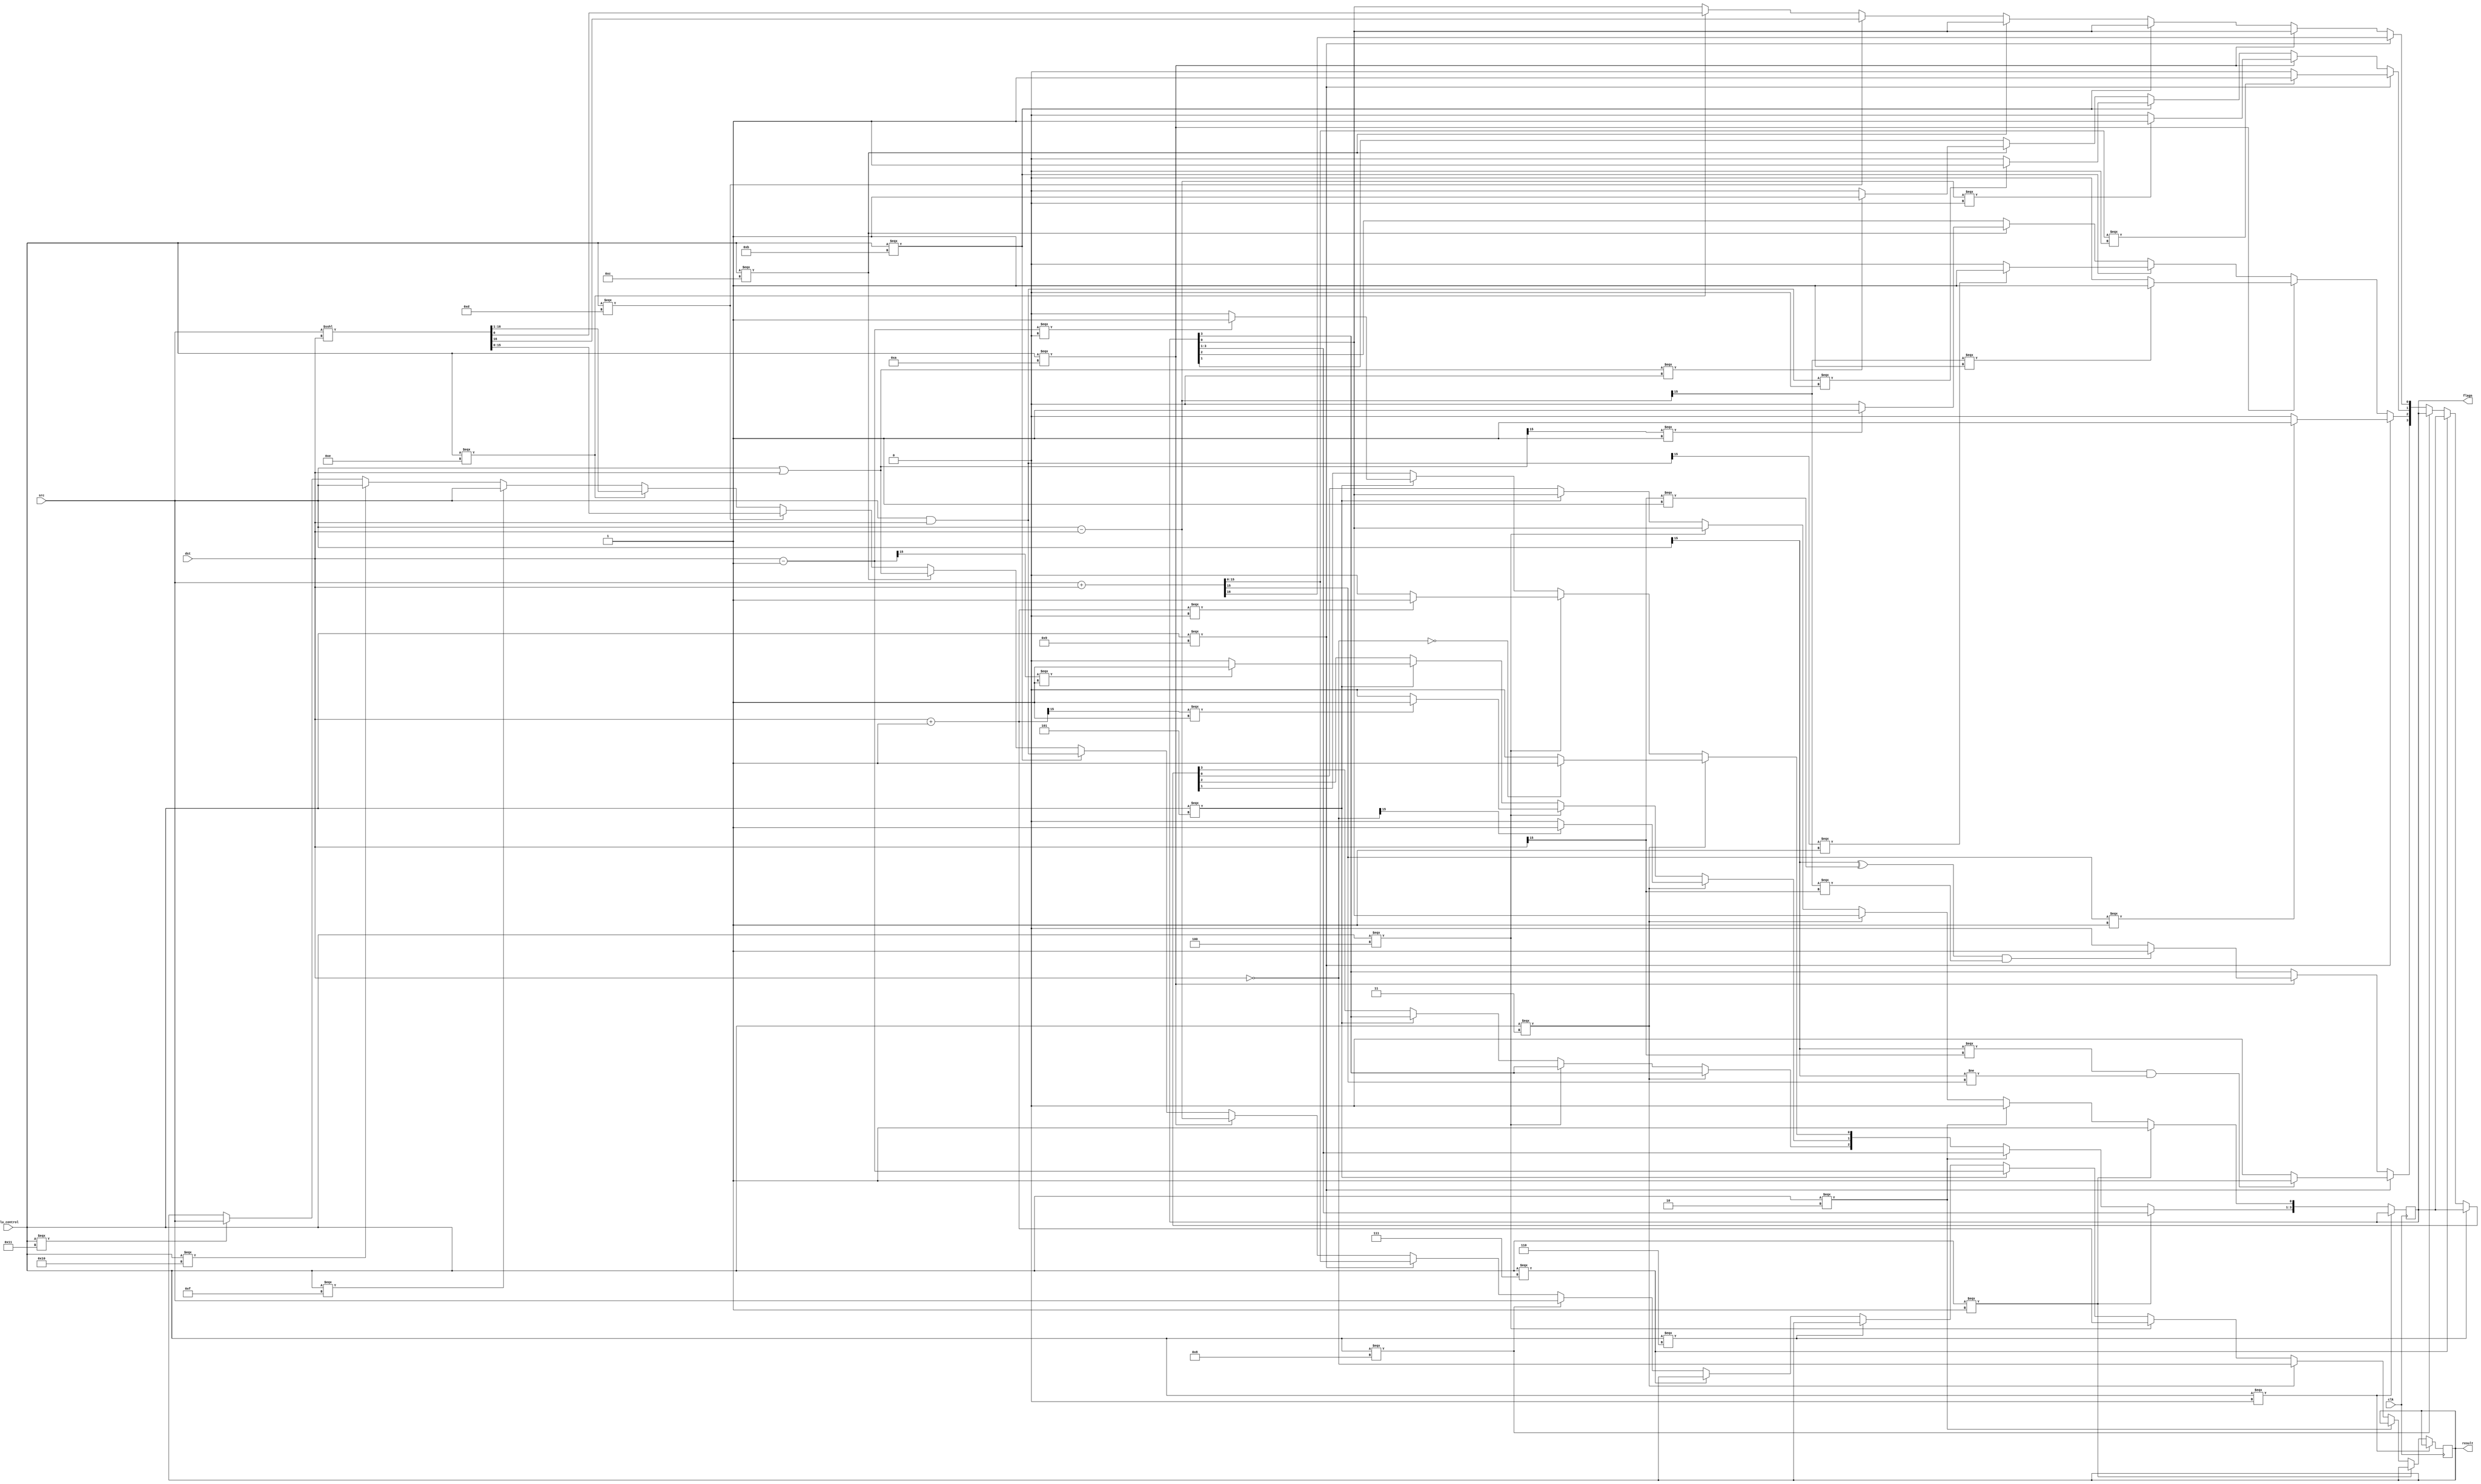
// flags -> 0: carry, 1: zero, 2: negative, 3: overflow
module ALU(input clk, input[4:0] alu_control, input[15:0] src, input[15:0] dst, output reg[15:0] result, output reg[3:0] flags);

	
 always @ (posedge clk)
  begin
 	if(alu_control === 0)	// NOP
	begin
		// nothing
	end

	else if(alu_control === 1)		// SETC
	begin
		flags[0] = 1;
	end

	else if(alu_control === 2)		// CLRC
	begin
		flags[0] = 0;
	end

	else if(alu_control === 3)	// NOT
	begin
		result = ~dst;
		flags[1] = result == 0 ? 1 : 0;
		flags[2] = result[15] == 1 ? 1 : 0;
	end

	else if(alu_control === 4)	// INC
	begin
		result = dst + 1;
		flags[1] =  result === 0 ? 1 : 0;
		flags[2] = result[15] === 1 ? 1 : 0;
	end

	else if(alu_control === 5)			// DEC
	begin
		result = dst - 1;
		flags[1] =  result === 0 ? 1 : 0;
		flags[2] = result[15] === 1 ? 1 : 0;
	end

	else if(alu_control === 6)			// OUT
	begin
		// nothing
	end

	else if(alu_control === 7)			// IN
	begin
		// nothing
	end

	else if(alu_control === 8)			// MOV
	begin
		result = src;
	end

	else if(alu_control === 9)			// ADD
	begin
		{flags[0], result} = src + dst;
		flags[1] =  result === 0 ? 1 : 0;
		flags[2] = result[15] === 1 ? 1 : 0;
		flags[3] = (src[15] === dst[15] && src[15] != result[15]) ? 1 : 0;
	end

	else if(alu_control === 10)		// SUB
	begin
		result = src - dst;
		flags[1] =  result === 0 ? 1 : 0;
		flags[2] = result[15] === 1 ? 1 : 0;
		//If 2 numbers are subtracted, and their signs are different, then overflow occurs if and only if the result has the same sign as the subtrahend.
		flags[3] = (src[15]^dst[15] === 1 && result[15] === dst[15]) ? 1 : 0;
	end

	else if(alu_control === 11)		// AND
	begin
		result = src & dst;
		flags[1] =  result === 0 ? 1 : 0;
		flags[2] = result[15] === 1 ? 1 : 0;
	end

	else if(alu_control === 12)		// OR
	begin
		result = src | dst;
		flags[1] =  result === 0 ? 1 : 0;
		flags[2] = result[15] === 1 ? 1 : 0;
	end

	else if(alu_control === 13)		// SHL
	begin
	// note : dst here = immediate value
		{flags[0], result} = src <<< dst;
	end

	else if(alu_control === 14)		// SHR
	begin
	// note : dst here = immediate value
		{result, flags[0]} = src <<< dst;
	end

	else if(alu_control === 15)		// PUSH
	begin
	// note : src here = SP
		result = src;
	end

	else if(alu_control === 16)		// POP
	begin
	// note : src here = SP
		result = src;
	end

	else if(alu_control === 17)		// LDM
	begin
	// note : src here = immediate value
		result = src;
	end

	else if(alu_control === 18)		// LDD
	begin
		// nothing
	end

	else if(alu_control === 19)		// STD
	begin
		// nothing
	end

	else if(alu_control === 20)		// JZ
	begin

	end

	else if(alu_control === 21)		// JN
	begin

	end

	else if(alu_control === 22)		// JC
	begin

	end

	else if(alu_control === 23)		// JMP
	begin

	end

	else if(alu_control === 24)		// CALL
	begin

	end

	else if(alu_control === 25)		// RET
	begin

	end

	else if(alu_control === 26)		// RETI
	begin

	end
 end
endmodule